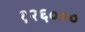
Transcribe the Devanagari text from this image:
१२६०००